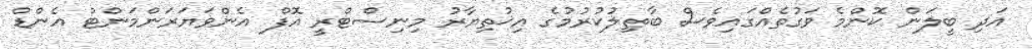
އަދި ބީލަން ކޮންމެ ވަގުތެއްގައިވެސް ބާޠިލުކުރުމުގެ އިޚުތިޔާރު މިނިސްޓްރީ އޮފް އެންވަޔަރަންމަންޓް އެންޑް